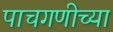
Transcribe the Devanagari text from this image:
पाचगणीच्या